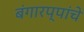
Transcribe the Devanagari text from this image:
बंगारप्पांचे